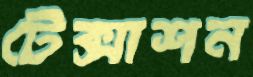
টেক্সাশন